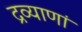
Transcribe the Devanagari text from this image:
द्रव्याणां